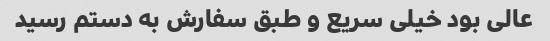
عالی بود خیلی سریع و طبق سفارش به دستم رسید